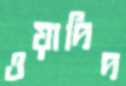
ওয়াদিদ